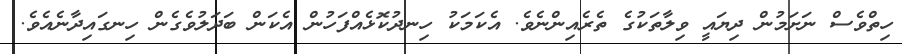
ހިތްވެސް ނަށަމުން ދިޔައީ ވިލާތަކުގެ ތެރެއިންނެވެ. އެކަމަކު ހިނދުކޮޅެއްފަހުން އެކަން ބަދަލުވެގެން ހިނގައިދާނެއެވެ.